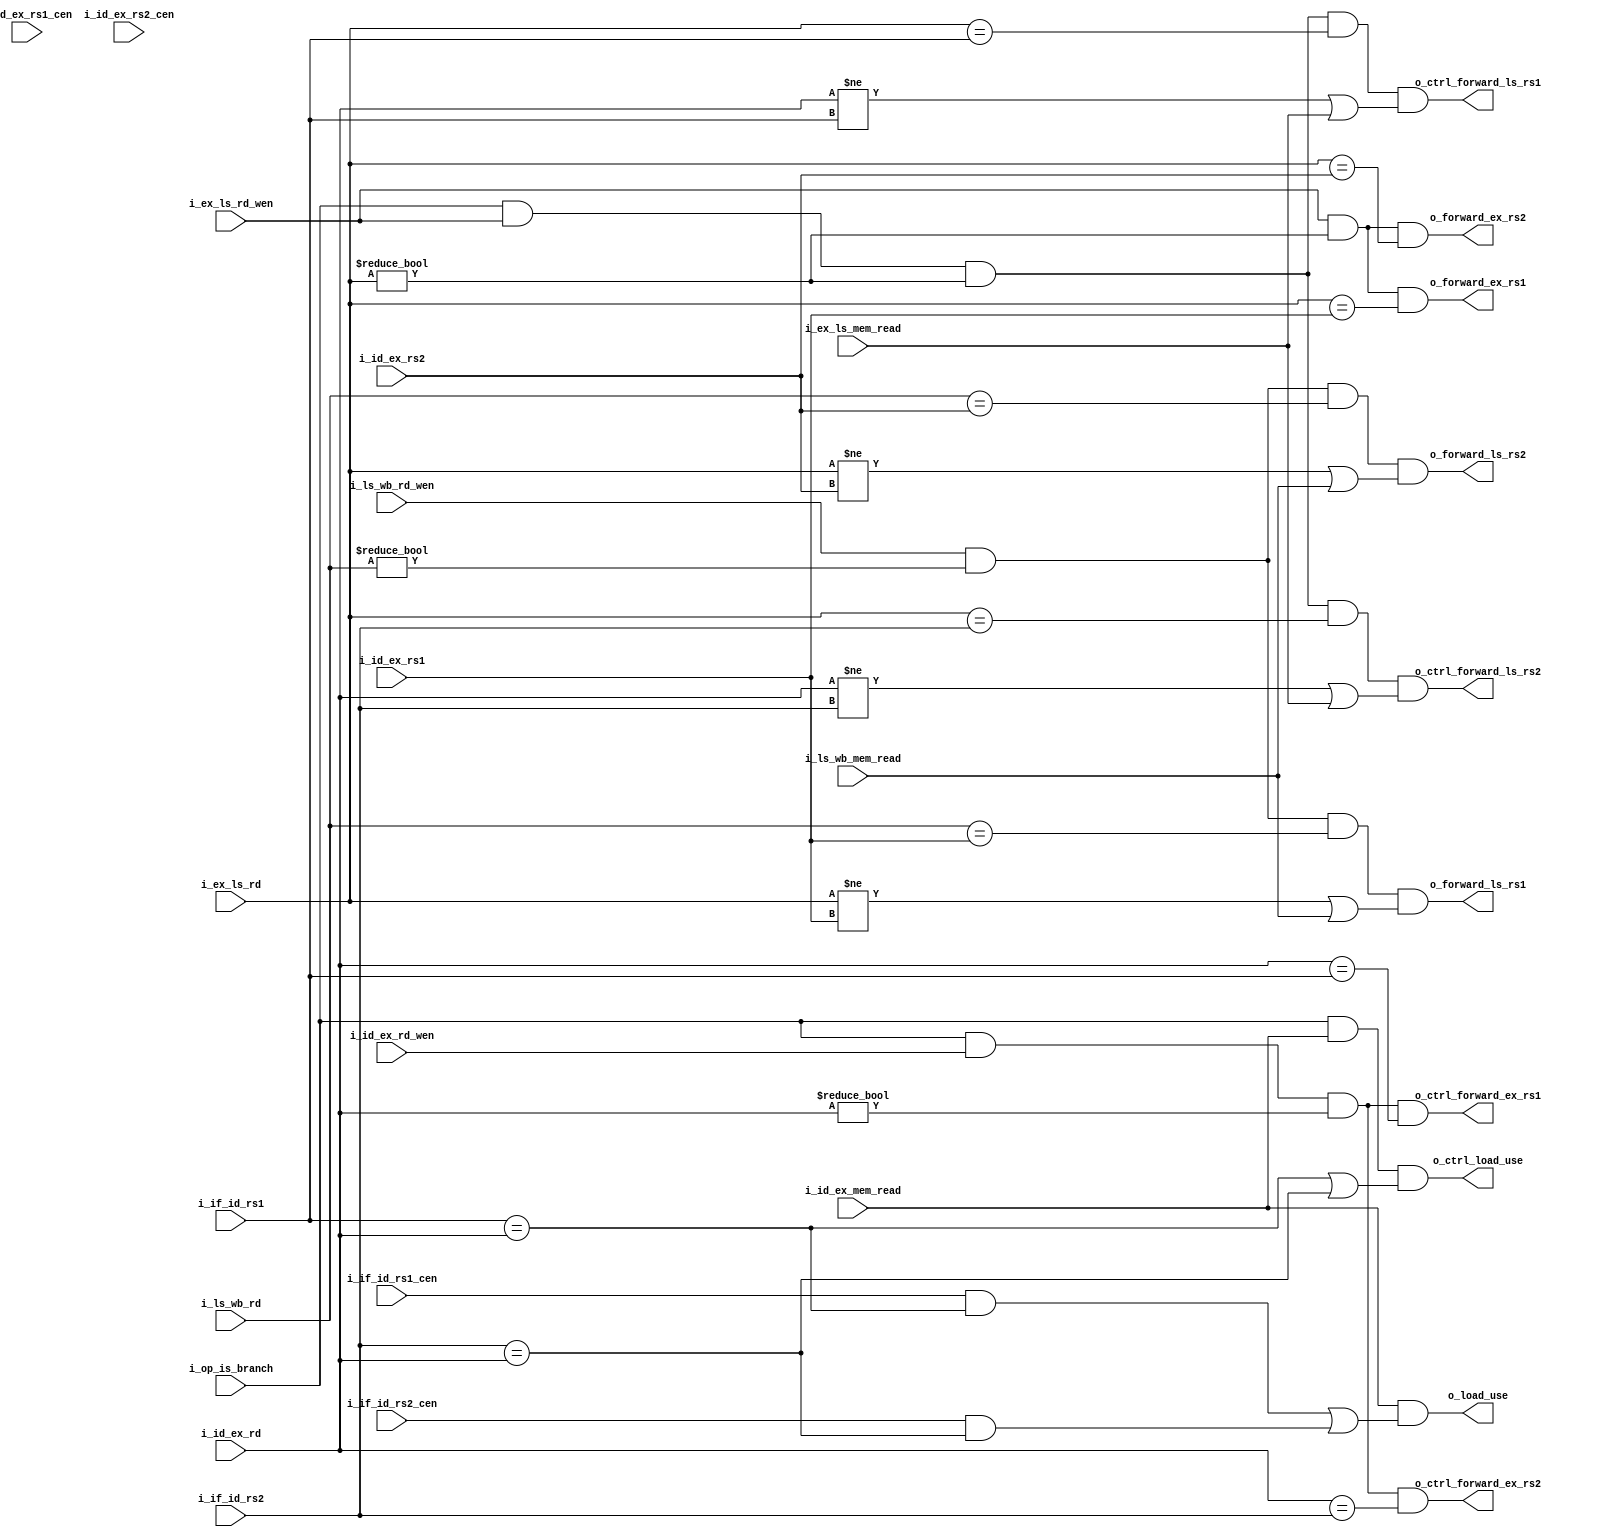
module hdu (
    // data hazard
    input  [4:0] i_id_ex_rs1,
    input  [4:0] i_id_ex_rs2,
    input        i_id_ex_rs1_cen,
    input        i_id_ex_rs2_cen,

    input  [4:0] i_if_id_rs1,
    input  [4:0] i_if_id_rs2,
    input        i_if_id_rs1_cen,
    input        i_if_id_rs2_cen,

    input  [4:0] i_id_ex_rd,
    input  [4:0] i_ex_ls_rd,
    input  [4:0] i_ls_wb_rd,
    input        i_ex_ls_rd_wen,
    input        i_ls_wb_rd_wen,
    input        i_id_ex_mem_read,
    input        i_ls_wb_mem_read,

    output       o_forward_ex_rs1,
    output       o_forward_ex_rs2,
    output       o_forward_ls_rs1,
    output       o_forward_ls_rs2,
    output       o_load_use,

    // control hazard
    input        i_op_is_branch,
    input        i_id_ex_rd_wen,
    input        i_ex_ls_mem_read,

    output       o_ctrl_forward_ex_rs1,
    output       o_ctrl_forward_ex_rs2,
    output       o_ctrl_forward_ls_rs1,
    output       o_ctrl_forward_ls_rs2,
    output       o_ctrl_load_use

);

//--------------data hazard detect-------------------
assign o_forward_ex_rs1 = i_ex_ls_rd_wen
                        & (i_ex_ls_rd != 5'b0)
                        & (i_ex_ls_rd == i_id_ex_rs1)
                        //& i_id_ex_rs1_cen
                        ;

assign o_forward_ex_rs2 = i_ex_ls_rd_wen
                        & (i_ex_ls_rd != 5'b0)
                        & (i_ex_ls_rd == i_id_ex_rs2)
                        //& i_id_ex_rs2_cen
                        ;

assign o_forward_ls_rs1 = i_ls_wb_rd_wen
                        & (i_ls_wb_rd != 5'b0)
                        & (i_ls_wb_rd == i_id_ex_rs1)
                        & ((i_ex_ls_rd != i_id_ex_rs1) | i_ls_wb_mem_read)
                        //& i_id_ex_rs1_cen
                        ;

assign o_forward_ls_rs2 = i_ls_wb_rd_wen
                        & (i_ls_wb_rd != 5'b0)
                        & (i_ls_wb_rd == i_id_ex_rs2)
                        & ((i_ex_ls_rd != i_id_ex_rs2) | i_ls_wb_mem_read)
                        //& i_id_ex_rs2_cen
                        ;

assign o_load_use = i_id_ex_mem_read
                  & ( (i_if_id_rs1_cen & (i_if_id_rs1 == i_id_ex_rd))
                    | (i_if_id_rs2_cen & (i_if_id_rs2 == i_id_ex_rd)) )
                  ;


//--------------control hazard detect-------------------
assign o_ctrl_forward_ex_rs1 = i_op_is_branch
                            &  i_id_ex_rd_wen
                            & (i_id_ex_rd != 5'b0)
                            & (i_id_ex_rd == i_if_id_rs1)
                            ;

assign o_ctrl_forward_ex_rs2 = i_op_is_branch
                            &  i_id_ex_rd_wen
                            & (i_id_ex_rd != 5'b0)
                            & (i_id_ex_rd == i_if_id_rs2)
                            ;

assign o_ctrl_forward_ls_rs1 = i_op_is_branch
                            &  i_ex_ls_rd_wen
                            & (i_ex_ls_rd != 5'b0)
                            & (i_ex_ls_rd == i_if_id_rs1)
                            & ((i_id_ex_rd != i_if_id_rs1) | i_ex_ls_mem_read)
                            ;

assign o_ctrl_forward_ls_rs2 = i_op_is_branch
                            &  i_ex_ls_rd_wen
                            & (i_ex_ls_rd != 5'b0)
                            & (i_ex_ls_rd == i_if_id_rs2)
                            & ((i_id_ex_rd != i_if_id_rs2) | i_ex_ls_mem_read)
                            ;

assign o_ctrl_load_use = i_op_is_branch
                      &  i_id_ex_mem_read
                      &  ( (i_if_id_rs1 == i_id_ex_rd)
                         | (i_if_id_rs2 == i_id_ex_rd) )
                      ;

endmodule